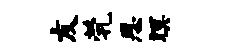
友茕思暝